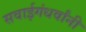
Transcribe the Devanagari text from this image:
सवाईगंधर्वांनी